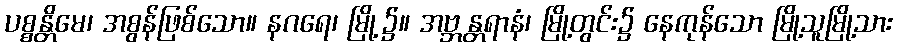
ပစ္စန္တိမေ၊ အစွန်ဖြစ်သော။ နဂရေ၊ မြို့၌။ အဗ္ဘန္တရာနံ၊ မြို့တွင်း၌ နေကုန်သော မြို့သူမြို့သား